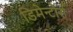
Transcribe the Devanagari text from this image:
डिमेन्टोर्स